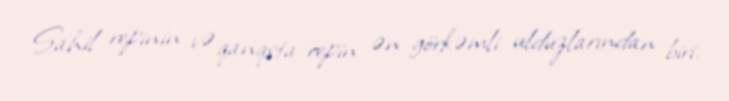
Sahil repinin və qanqsta-repin ən görkəmli ulduzlarından biri.